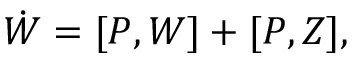
\dot { W } = [ P , W ] + [ P , Z ] ,